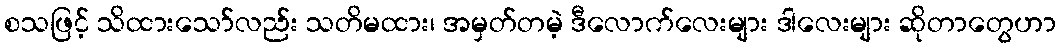
စသဖြင့် သိထားသော်လည်း သတိမထား၊ အမှတ်တမဲ့ ဒီလောက်လေးများ ဒါလေးများ ဆိုတာတွေဟာ